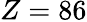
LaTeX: Z=86